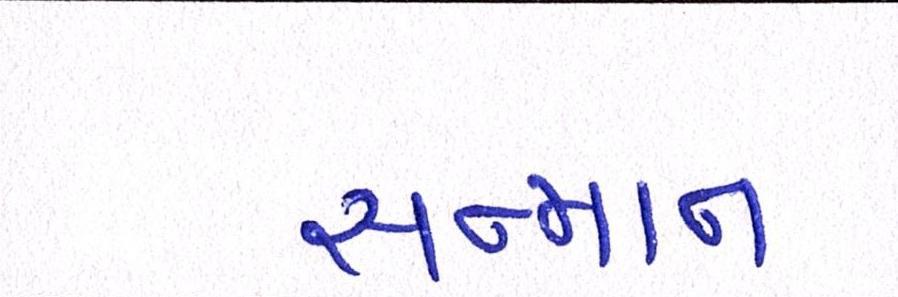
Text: સન્માન